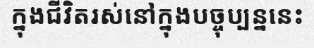
ក្នុងជីវិតរស់នៅក្នុងបច្ចុប្បន្ននេះ